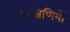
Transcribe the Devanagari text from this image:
ताराश्रेणियों